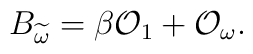
B_{\widetilde{\omega}}=\beta {\cal O}_1+{\cal O}_{\omega}.